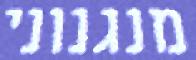
מנגנוני